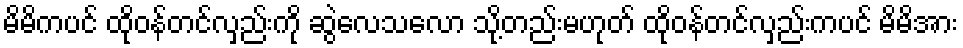
မိမိကပင် ထိုဝန်တင်လှည်းကို ဆွဲလေသလော သို့တည်းမဟုတ် ထိုဝန်တင်လှည်းကပင် မိမိအား